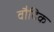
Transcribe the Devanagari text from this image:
वौदिक